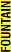
FOUNTAIN